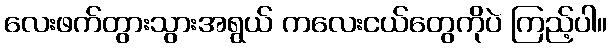
လေးဖက်တွားသွားအရွယ် ကလေးငယ်တွေကိုပဲ ကြည့်ပါ။